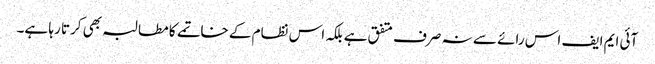
آئی ایم ایف اس رائے سے نہ صرف متفق ہے بلکہ اس نظام کے خاتمے کا مطالبہ بھی کرتا رہا ہے۔